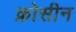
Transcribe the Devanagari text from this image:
क्रोसीन